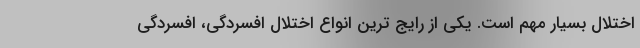
اختلال بسیار مهم است. یکی از رایج ترین انواع اختلال افسردگی، افسردگی